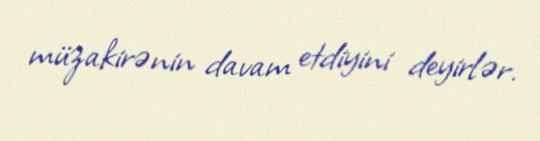
müzakirənin davam etdiyini deyirlər.